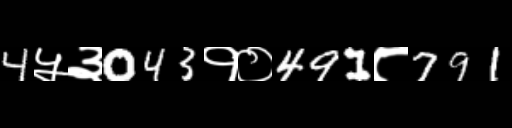
Text: 4५३043१०491८791